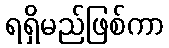
ရရှိမည်ဖြစ်ကာ